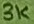
Text: 3K